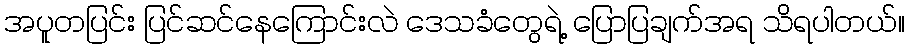
အပူတပြင်း ပြင်ဆင်နေကြောင်းလဲ ဒေသခံတွေရဲ့ ပြောပြချက်အရ သိရပါတယ်။